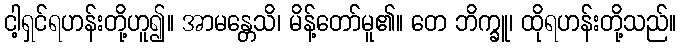
ငါ့ရှင်ရဟန်းတို့ဟူ၍။ အာမန္တေသိ၊ မိန့်တော်မူ၏။ တေ ဘိက္ခူ၊ ထိုရဟန်းတို့သည်။